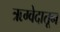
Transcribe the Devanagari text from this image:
ऋग्वेदातून